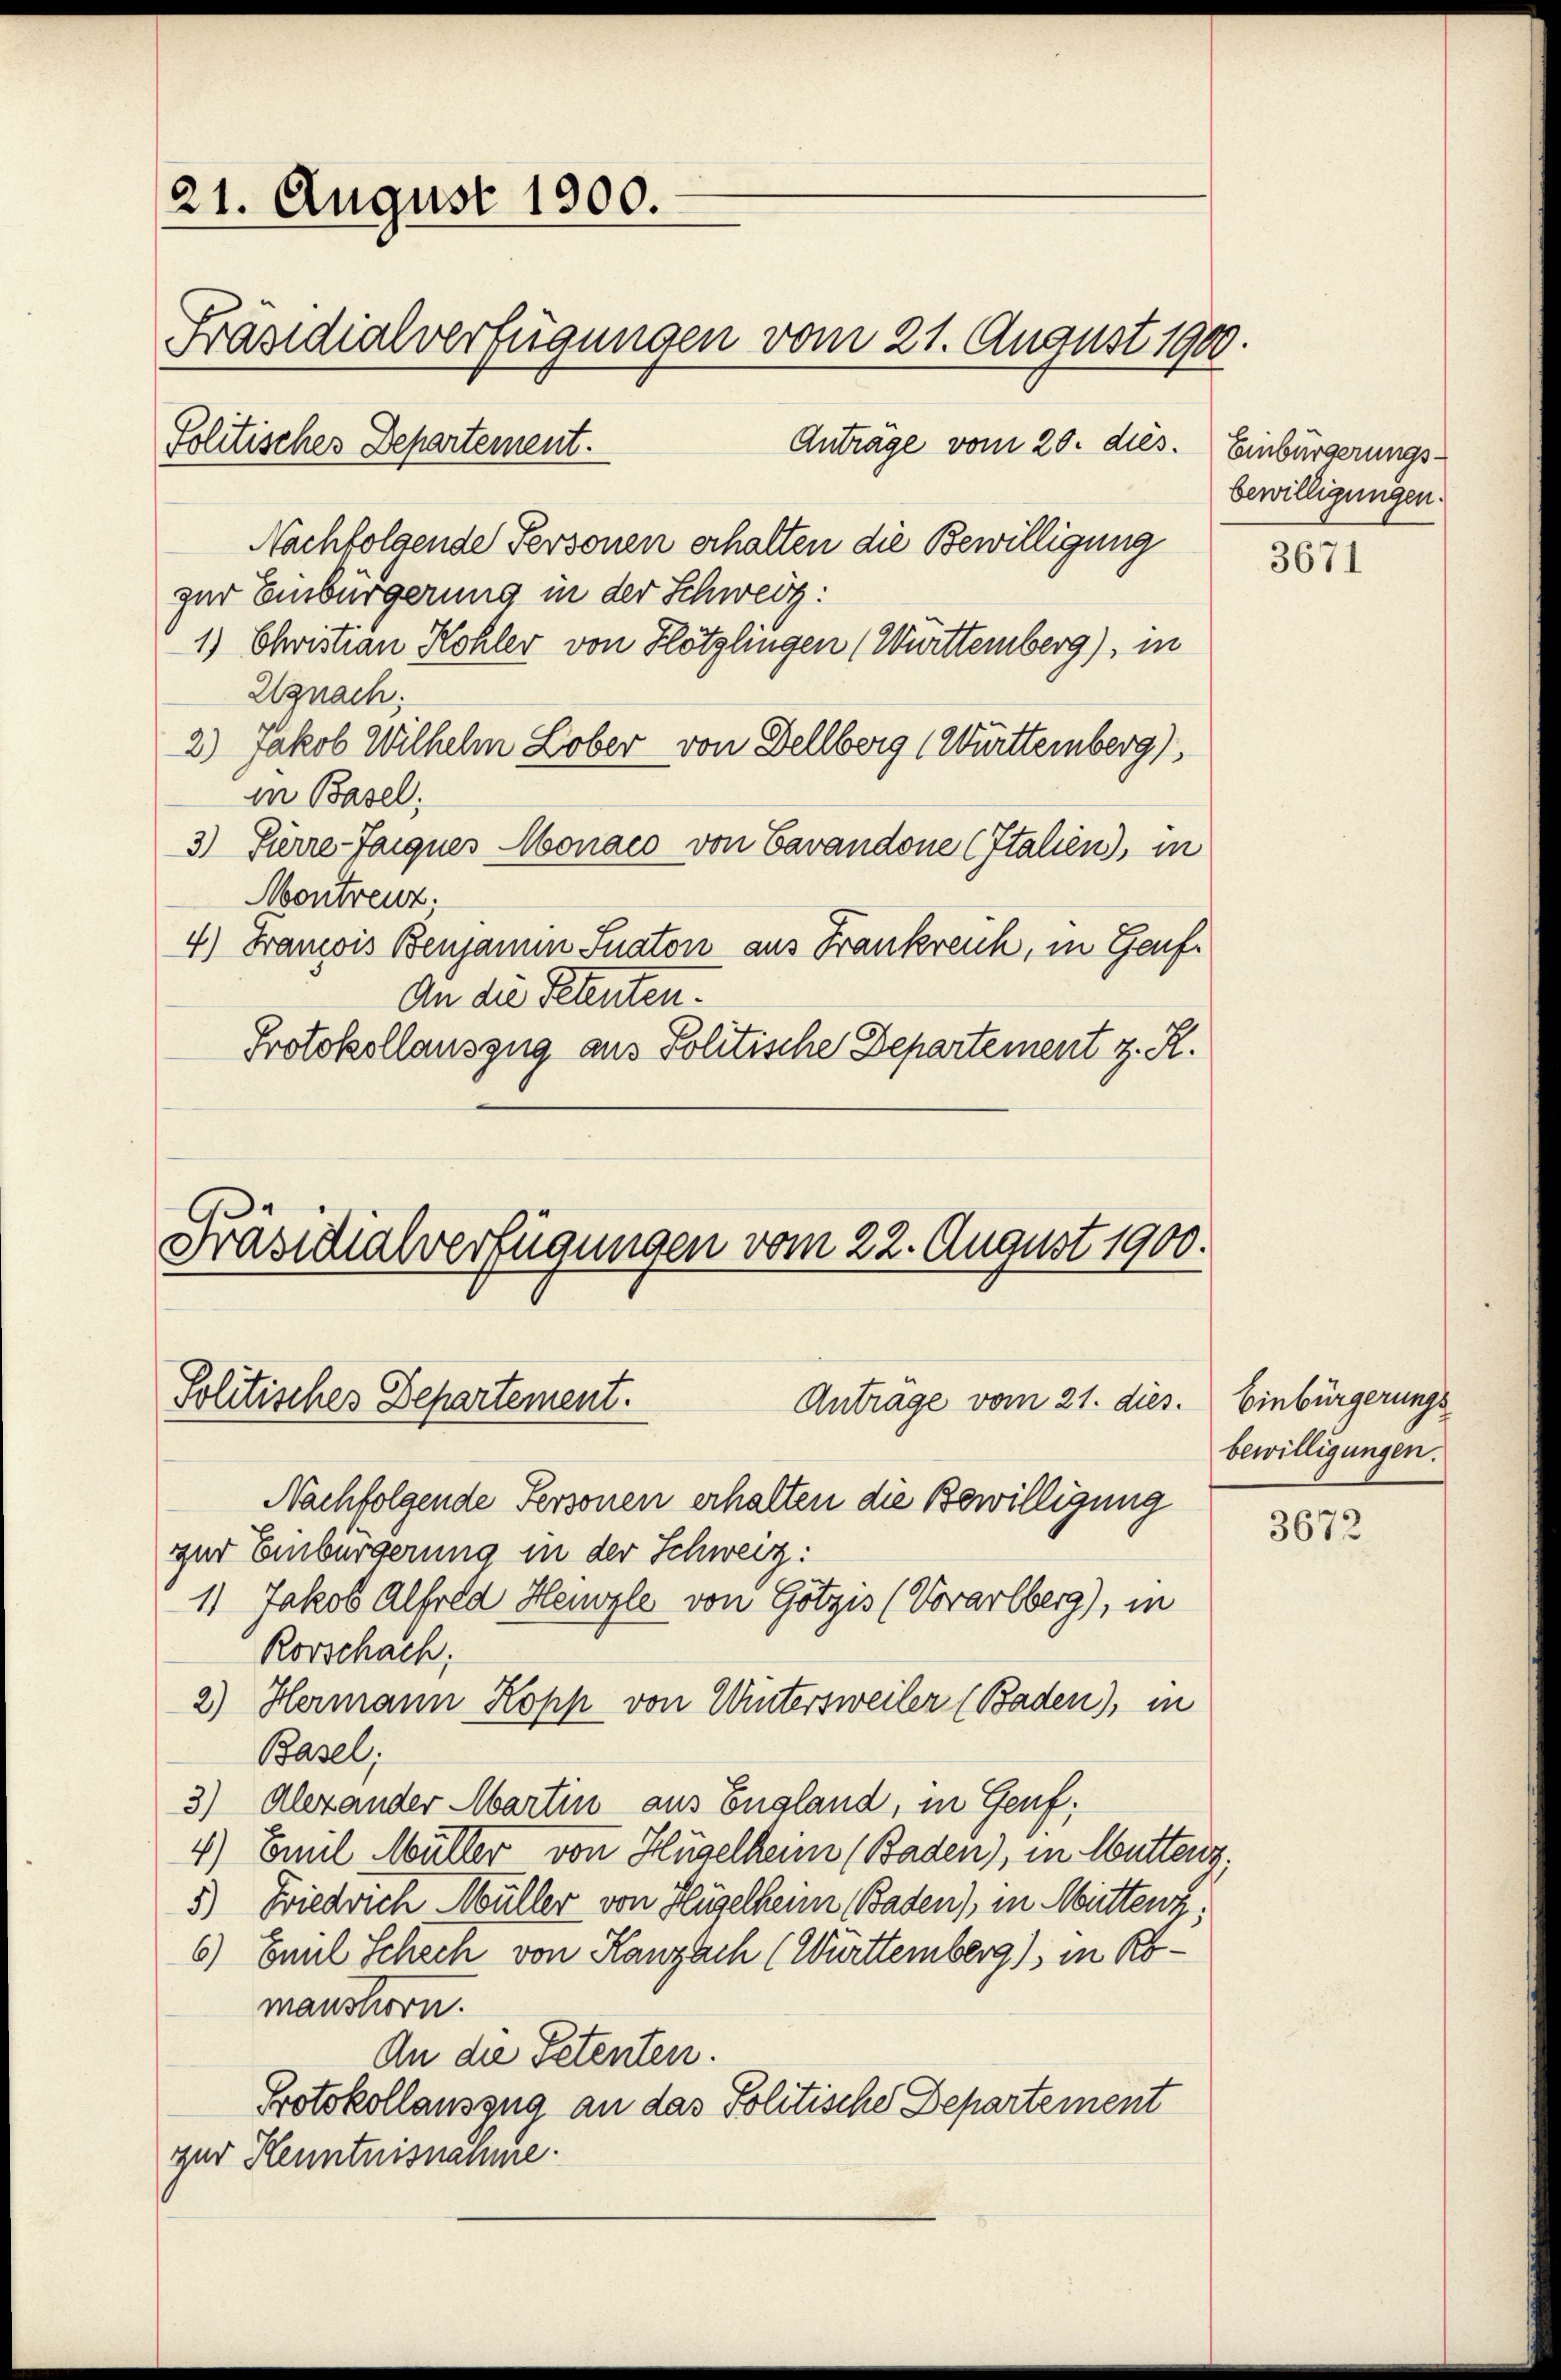
21. August 1900.
Präsidialverfügungen vom 21. August 1900
Politisches Departement.
Anträge vom 20. dies. Einbürgerungs¬

Nachfolgende Personen erhalten die Bewilligung
zur Einbürgerung in der Schweiz:
1) Christian Kohler von Hötzlingen (Württemberg), in
Egnach:
2.) Jakob Wilhelm Lober von Dellberg (Württemberg),
in Basel:
3) Sierre-Tarques Monaco von Cavandone (Italien), in
Montreuz,
4) Francois Benjamin Fuaton aus Frankreich, in Genf.
An die Petenten.
Protokollauszug aus Politische Departement z. R.

Präsidialverfügungen vom 22. August 1900.
Politisches Departement.
Antrage vom 21. dies

Nachfolgende Personen erhalten die Bewilligung
zur Einbürgerung in der Schweiz:
1) Jakob Alfred Heuvzle von Götzis (Vorarlberg), in
Rorschach,
2.) Hermann Kopp von Untersweiler (Baden), in
Basel;
3) Alexander Martin aus England, in Genf;
4) Emil Müller von Hügelheim (Baden), in Mutten.
5.) Diedrich Müller von Hügelheim Baden), in Mittenz,
6) Emil Schech von Kanzach (Württemberg), in Abmanstern.
An die Petenten.
Protokollauszug an das Politisches Departement
gur Kenntnisnahme.

bewilligungen.

3671

Einbürgerungs
bewilligungen.

3672